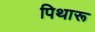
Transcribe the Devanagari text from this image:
पिथारू